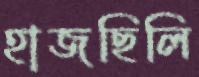
হাজছিলি